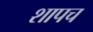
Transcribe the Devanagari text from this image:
शापच